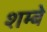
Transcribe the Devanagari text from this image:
शम्बे